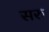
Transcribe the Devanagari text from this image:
सरु